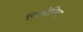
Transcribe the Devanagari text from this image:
पिओनिया